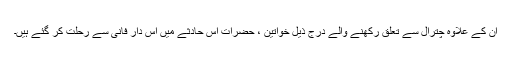
ان کے علاوہ چترال سے تعلق رکھنے والے درج ذیل خواتین ، حضرات اس حادثے میں اس دار فانی سے رحلت کر گئے ہیں۔